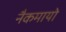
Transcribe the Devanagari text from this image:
नैकमायो